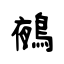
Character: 鵺